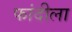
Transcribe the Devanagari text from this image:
फांदीला